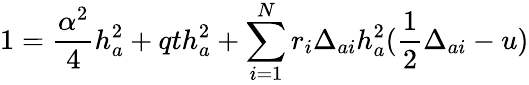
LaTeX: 1={\frac{\alpha^{2}}{4}}h_{a}^{2}+qth_{a}^{2}+\sum_{i=1}^{N}r_{i}\Delta_{ai}h_{a}^{2}({\frac{1}{2}}\Delta_{ai}-u)